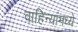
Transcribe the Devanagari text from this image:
वाहिन्यांमध्ये